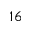
1 6